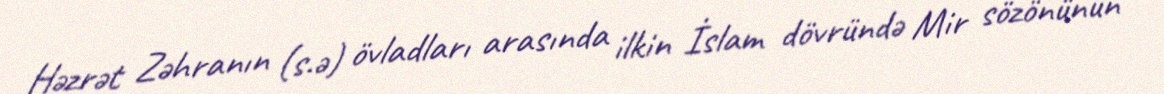
Həzrət Zəhranın (s.ə) övladları arasında ilkin İslam dövründə Mir sözönünün